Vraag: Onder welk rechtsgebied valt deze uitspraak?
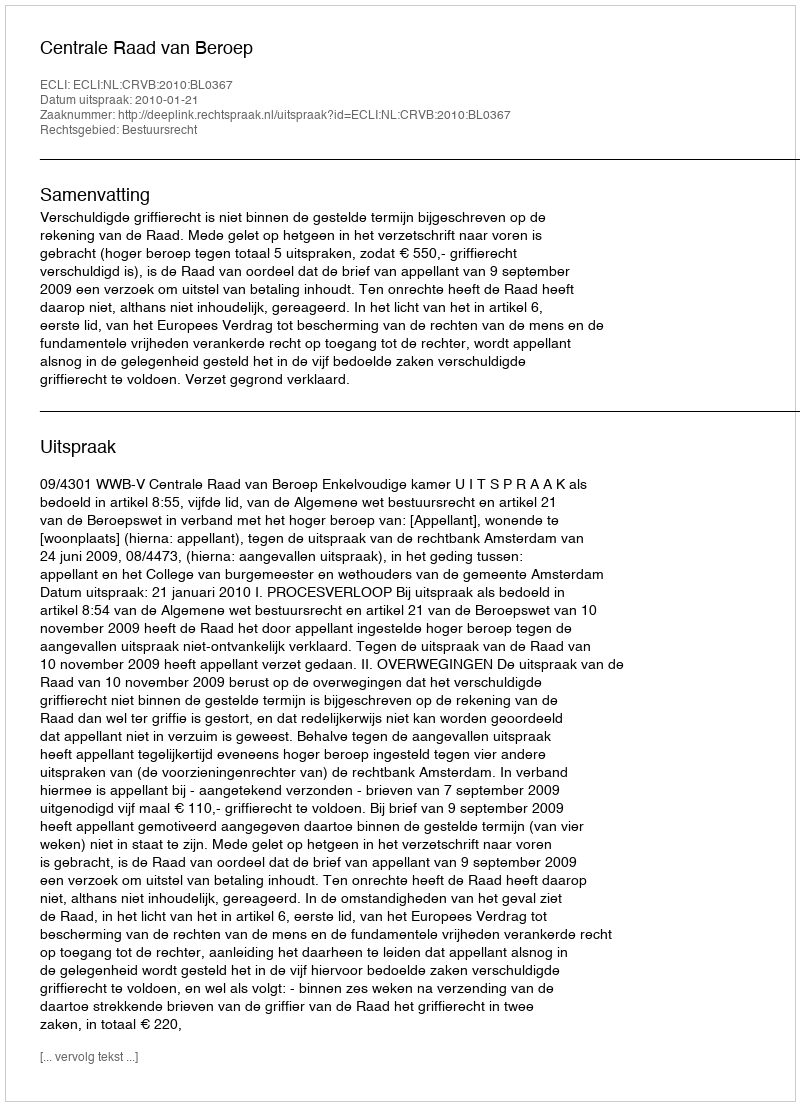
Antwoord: Bestuursrecht